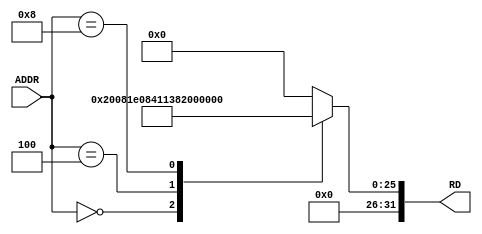
`timescale 1ns / 1ps
//////////////////////////////////////////////////////////////////////////////////
// Company: 
// Engineer: 
// 
// Design Name: 
// Module Name:    InstructionMemory 
// Project Name: 
// Target Devices: 
// Tool versions: 
// Description: 
//
// Dependencies: 
//
// Revision: 
// Revision 0.01 - File Created
// Additional Comments: 
//
//////////////////////////////////////////////////////////////////////////////////
module InstructionMemory(
    input [31:0] ADDR,
    output reg [31:0] RD
    );

always @*
	case(ADDR)
		0: RD = 32'h020081E0;
		4: RD = 32'h021044E0;
		8: RD = 32'h014003E0;
		default: RD = 32'b0;
	endcase
	
endmodule